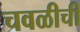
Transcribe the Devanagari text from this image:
चवळीची